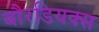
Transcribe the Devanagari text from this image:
बौरडियक्स